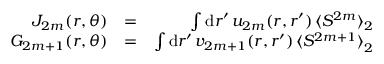
\begin{array} { r l r } { J _ { 2 m } ( r , \theta ) } & { = } & { \int \mathrm { d } r ^ { \prime } \, u _ { 2 m } ( r , r ^ { \prime } ) \, \langle S ^ { 2 m } \rangle _ { 2 } } \\ { G _ { 2 m + 1 } ( r , \theta ) } & { = } & { \int \mathrm { d } r ^ { \prime } \, { v _ { 2 m + 1 } ( r , r ^ { \prime } ) \, \langle S ^ { 2 m + 1 } \rangle } _ { 2 } } \end{array}